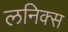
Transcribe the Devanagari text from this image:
लनिक्स